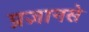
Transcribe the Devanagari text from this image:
प्रज्ञानसे